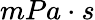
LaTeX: mPa\cdot s